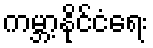
ကမ္ဘာ့နိုင်ငံရေး